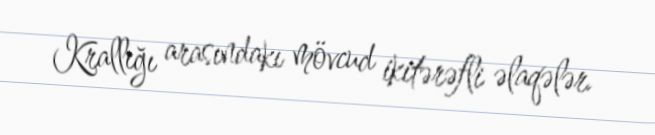
Krallığı arasındakı mövcud ikitərəfli əlaqələr.